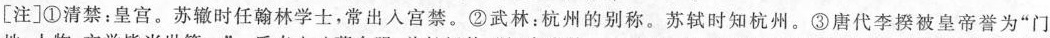
[注]①清禁：皇宫。苏辙时任翰林学士，常出入宫禁。②武林；杭州的别称。苏轼时知杭州。③唐代李揆被皇帝誉为”门